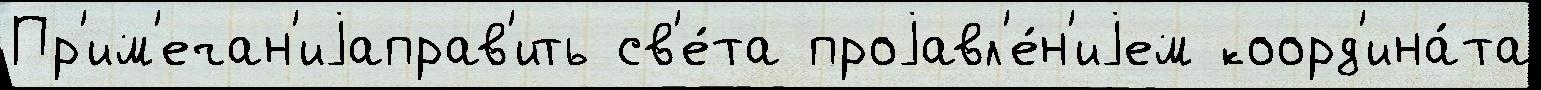
Пр'им'ечан'иjаправ'ить св'е́та проjавл'е́н'иjем коорд'ина́та